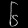
Digit: ၆